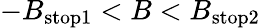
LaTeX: -B_{\mathrm{stop1}}<B<B_{\mathrm{stop2}}